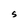
Character: S